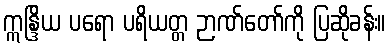
ဣန္ဒြိယ ပရော ပရိယတ္တ ဉာဏ်တော်ကို ပြဆိုခန်း။